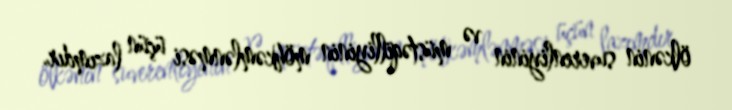
ölkənin suverenliyinin və müstəqilliyinin möhkəmlənməsi üçün lazımdır.